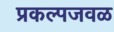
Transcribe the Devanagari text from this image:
प्रकल्पजवळ